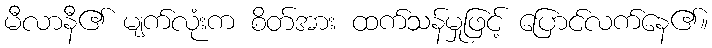
မီလာနီ၏ မျက်လုံးက စိတ်အား ထက်သန်မှုဖြင့် ပြောင်လက်နေ၏။